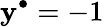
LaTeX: \mathbf{y}^{\bullet}=-1